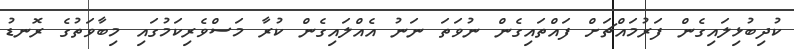
ކުދިބުޅިލައިގެން ފަރުމައްޗަށް ފައްތައިގެން ނުވަތަ ނަނު އެއްލައިގެން ކުރާ މަސްވެރިކަމުގައި މިބާވަތުގެ ރޮނޑު